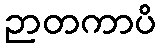
ဉာတကာပိ